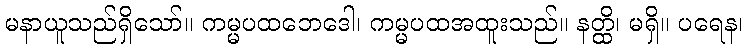
မနာယူသည်ရှိသော်။ ကမ္မပထဘေဒေါ၊ ကမ္မပထအထူးသည်။ နတ္ထိ၊ မရှိ။ ပရေန၊